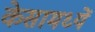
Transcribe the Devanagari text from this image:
केसामध्यें